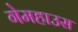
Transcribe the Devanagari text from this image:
गेमहाउस